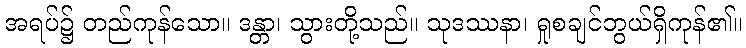
အရပ်၌ တည်ကုန်သော။ ဒန္တာ၊ သွားတို့သည်။ သုဒဿနာ၊ ရှုစချင်ဘွယ်ရှိကုန်၏။